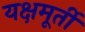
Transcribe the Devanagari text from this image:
यक्षमूर्ती